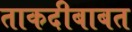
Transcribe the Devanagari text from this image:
ताकदीबाबत